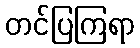
တင်ပြကြရာ